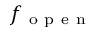
f _ { \mathrm { ~ o ~ p ~ e ~ n ~ } }